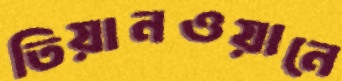
তিয়ানওয়ানে